Vaccination in Bombay 1869-1873 - 1869-1873
Year: 1869
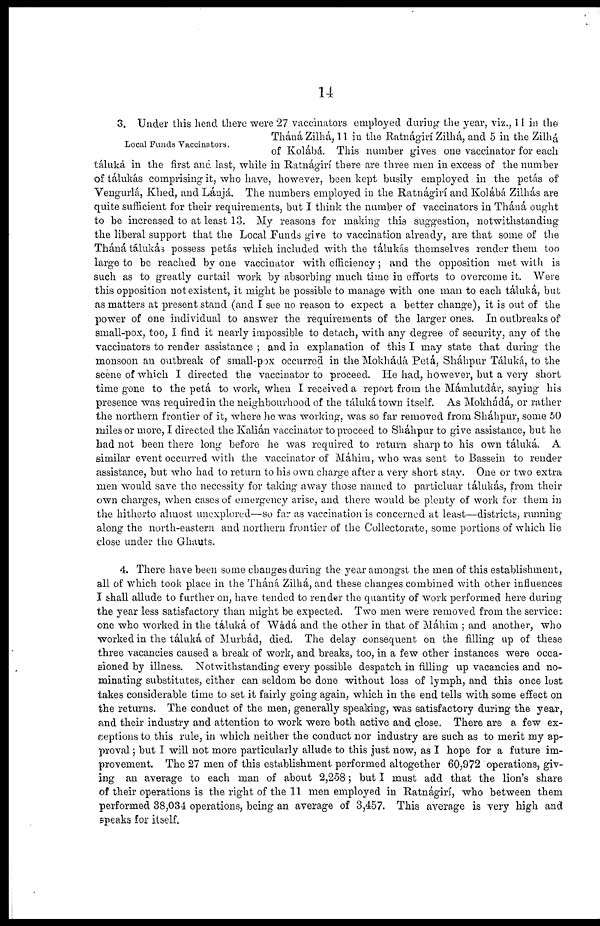
14
Local Funds Vaccinators.
3. Under this head there were 27 vaccinators employed during the year, viz., 11 in the
Tháná Zilhá, 11 in the Ratnágirí Zilhá, and 5 in the Zilhá
of Kolábá. This number gives one vaccinator for each
táluká in the first and last, while in Ratnágirí there are three men in excess of the number
of tálukás comprising it, who have, however, been kept busily employed in the petás of
Vengurlá, Khed, and Láujá. The numbers employed in the Ratnágirí and Kolábá Zilhás are
quite sufficient for their requirements, but I think the number of vaccinators in Tháná ought
to be increased to at least 13. My reasons for making this suggestion, notwithstanding
the liberal support that the Local Funds give to vaccination already, are that some of the
Tháná tálukás possess petás which included with the tálukás themselves render them too
large to be reached by one vaccinator with efficiency; and the opposition met with is
such as to greatly curtail work by absorbing much time in efforts to overcome it. Were
this opposition not existent, it might be possible to manage with one man to each táluká, but
as matters at present stand (and I see no reason to expect a better change), it is out of the
power of one individual to answer the requirements of the larger ones. In outbreaks of
small-pox, too, I find it nearly impossible to detach, with any degree of security, any of the
vaccinators to render assistance ; and in explanation of this I may state that during the
monsoon an outbreak of small-pox occurred in the Mokhádá. Petá, Sháhpur Táluká, to the
scene of which I directed the vaccinator to proceed. He had, however, but a very short
time gone to the petá to work, when I received a report from the Mámlutdár, saying his
presence was required in the neighbourhood of the táluká town itself. As Mokhádá, or rather
the northern frontier of it, where he was working, was so far removed from Sháhpur, some 50
miles or more, I directed the Kalián vaccinator to proceed to Sháhpur to give assistance, but he
had not been there long before he was required to return sharp to his own táluká. A
similar event occurred with the vaccinator of Máhim, who was sent to Bassein to render
assistance, but who had to return to his own charge after a very short stay. One or two extra
men would save the necessity for taking away those named to particluar tálukás, from their
own charges, when cases of emergency arise, and there would be plenty of work for them in
the hitherto almost unexplored—so far as vaccination is concerned at least—districts, running
along the north-eastern and northern frontier of the Collectorate, some portions of which lie
close under the Ghauts.
4. There have been some changes during the year amongst the men of this establishment,
all of which took place in the Tháná Zilhá, and these changes combined with other influences
I shall allude to further on, have tended to render the quantity of work performed here during
the year less satisfactory than might be expected. Two men were removed from the service:
one who worked in the táluká of Wádá and the other in that of Máhim ; and another, who
worked in the táluká of Murbád, died. The delay consequent on the filling up of these
three vacancies caused a break of work, and breaks, too, in a few other instances were occa-
sioned by illness. Notwithstanding every possible despatch in filling up vacancies and no-
minating substitutes, either can seldom be done without loss of lymph, and this once lost
takes considerable time to set it fairly going again, which in the end tells with some effect on
the returns. The conduct of the men, generally speaking, was satisfactory during the year,
and their industry and attention to work were both active and close. There are a few ex-
ceptions to this rule, in which neither the conduct nor industry are such as to merit my ap-
proval ; but I will not more particularly allude to this just now, as I hope for a future im-
provement. The 27 men of this establishment performed altogether 60,972 operations, giv-
ing an average to each man of about 2,258; but I must add that the lion's share
of their operations is the right of the 11 men employed in Ratnágirí, who between them
performed 38,034 operations, being an average of 3,457. This average is very high and
speaks for itself.